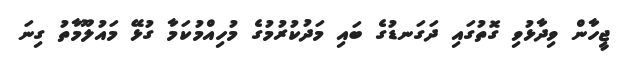
ޖީހާން ވިދާޅުވި ގޮތުގައި ދަގަނޑުގެ ބައި މަދުކުރުމުގެ މުހިއްމުކަމާ ގުޅޭ މައުލޫމާތު ގިނަ